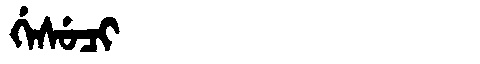
Manchu: ᡤᡝᠰᡠᠴᡳ
Romanization: GESUCI